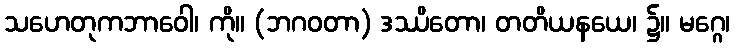
သဟေတုကဘာဝေါ၊ ကို။ (ဘဂဝတာ) ဒဿိတော၊ တတိယနယေ၊ ၌။ မဂ္ဂေ၊